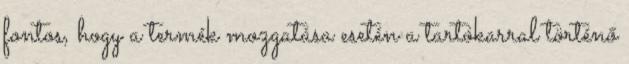
fontos, hogy a termék mozgatása esetén a tartókarral történő